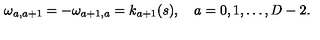
\omega _ { a , a + 1 } = - \omega _ { a + 1 , a } = k _ { a + 1 } ( s ) , \quad a = 0 , 1 , \ldots , D - 2 { . }